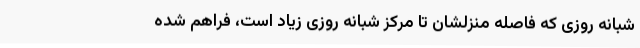
شبانه روزی که فاصله منزلشان تا مرکز شبانه روزی زیاد است، فراهم شده